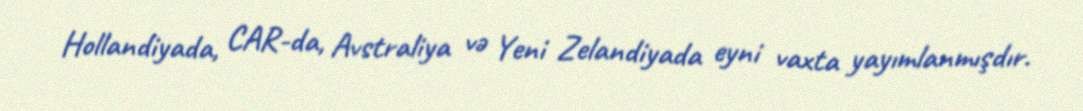
Hollandiyada, CAR-da, Avstraliya və Yeni Zelandiyada eyni vaxta yayımlanmışdır.